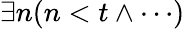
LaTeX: \exists n(n<t\land\cdots)